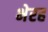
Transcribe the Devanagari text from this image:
भेरह